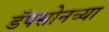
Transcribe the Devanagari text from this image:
डॅपसोनच्या